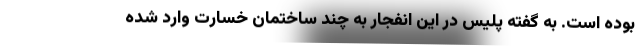
بوده است. به گفته پلیس در این انفجار به چند ساختمان خسارت وارد شده